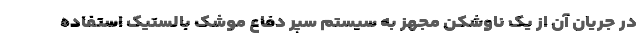
در جریان آن از یک ناوشکن مجهز به سیستم سپر دفاع موشک بالستیک استفاده